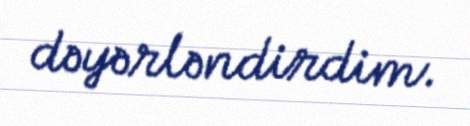
dəyərləndirdim.